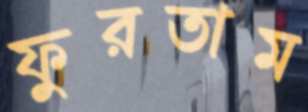
ফুরতাম